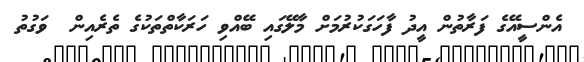
އެންސީއޭގެ ފަރާތުން އީދު ފާހަގަކުރުމަށް މާލޭގައި ބޭއްވި ހަރަކާތްތަކުގެ ތެރެއިން  ވަގުތު